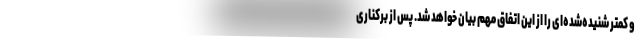
و کمتر شنیده‌شده‌ای را از این اتفاق مهم بیان خواهد شد. پس از برکناری